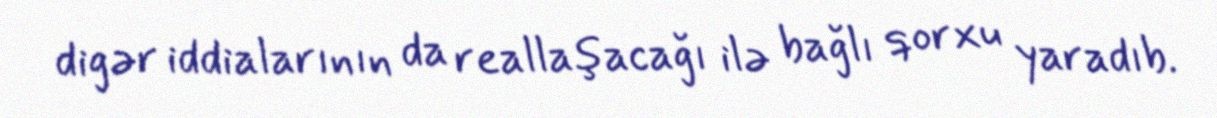
digər iddialarının da reallaşacağı ilə bağlı qorxu yaradıb.